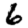
Digit: 6